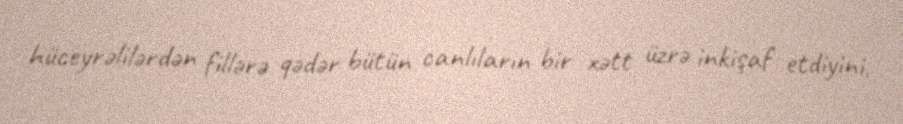
hüceyrəlilərdən fillərə qədər bütün canlıların bir xətt üzrə inkişaf etdiyini,